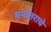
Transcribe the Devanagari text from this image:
मन्वंतराचे